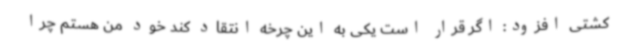
کشتی افزود: اگر قرار است یکی به این چرخه انتقاد کند خود من هستم چرا